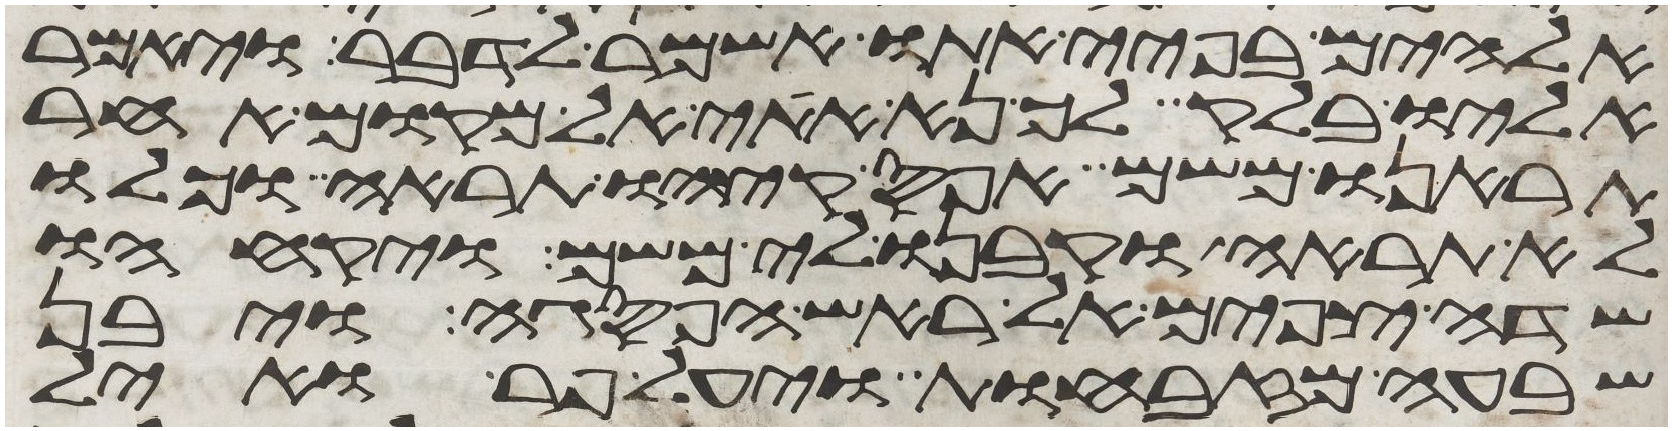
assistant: אלהים בפיי אתו אשמר לדבר וילך
אליו בלק לך נא אתי אל מקום אחר
תראנו משם אפס קצהו תראה וכלו
לא תראה וקבנו לי משם ויקחהו
שדה צפים אל ראש הפסגה ויבן
שבעה מזבחות ויעל פר ואיל